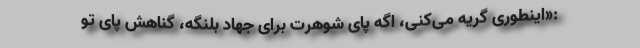
:«اینطوری گریه می‌کنی، اگه پای شوهرت برای جهاد بلنگه، گناهش پای تو